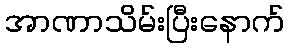
အာဏာသိမ်းပြီးနောက်